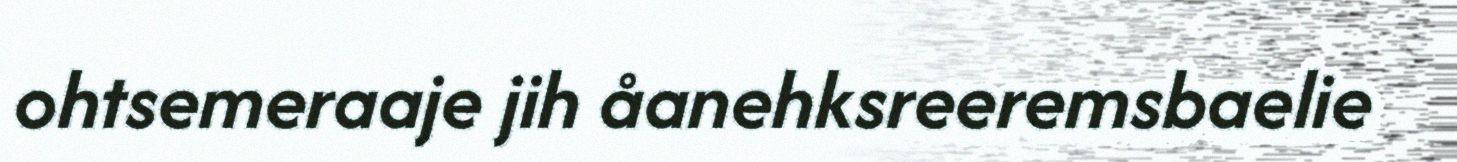
ohtsemeraaje jih åanehksreeremsbaelie